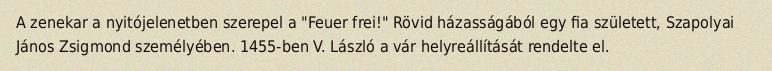
A zenekar a nyitójelenetben szerepel a "Feuer frei!" Rövid házasságából egy fia született, Szapolyai János Zsigmond személyében. 1455-ben V. László a vár helyreállítását rendelte el.